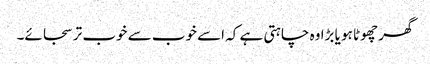
گھر چھوٹا ہو یا بڑا وہ چاہتی ہے کہ اسے خوب سے خوب تر سجائے۔